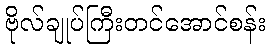
ဗိုလ်ချုပ်ကြီးတင်အောင်စန်း